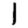
Digit: 1